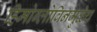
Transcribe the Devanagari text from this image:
हिमोग्लोबिनमुळेच